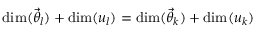
\mathrm { d i m } ( \ensuremath { \vec { \theta } } _ { l } ) + \mathrm { d i m } ( u _ { l } ) = \mathrm { d i m } ( \ensuremath { \vec { \theta } } _ { k } ) + \mathrm { d i m } ( u _ { k } )